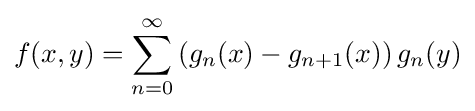
f(x,y)=\sum _{n=0}^{\infty }\left(g_{n}(x)-g_{n+1}(x)\right)g_{n}(y)